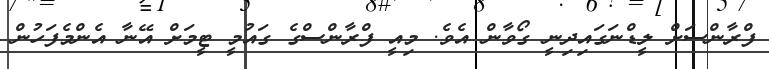
ފްރާންސަށް ލީޑްނަގައިދިނީ ގޯވާން އެވެ. މިއީ ފްރާންސްގެ ގައުމީ ޓީމަށް އޭނާ އެންމެފަހުން